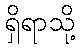
ရှိရာသို့